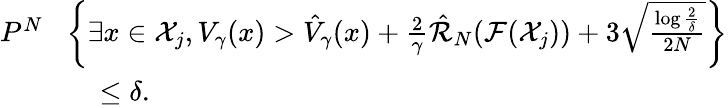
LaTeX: \begin{array}{rl}{P^{N}}&{\! \left\{ \exists x\in\mathcal{X}_{j},V_{\gamma}(x)>\hat{V}_{\gamma}(x)+\frac{2}{\gamma}\hat{\mathcal{R}}_{N}(\mathcal{F}(\mathcal{X}_{j}))+3\sqrt{\frac{\log\frac{2}{\delta}}{2N}}\right\} }\\ &{\quad\leq\delta.}\end{array}